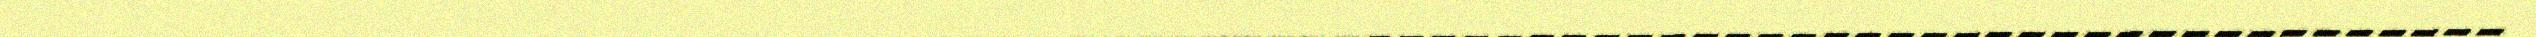
__________________________________________________________________________